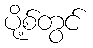
ပို့စ်တွင်